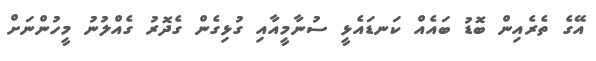
އޭގެ ތެރެއިން ބޮޑު ބައެއް ކަނޑައެޅީ ސުނާމީއާއި ގުޅިގެން ގެދޮރު ގެއްލުނު މީހުންނަށް